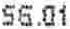
56.01